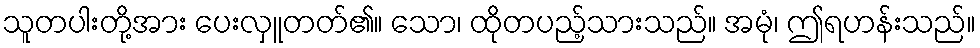
သူတပါးတို့အား ပေးလှူတတ်၏။ သော၊ ထိုတပည့်သားသည်။ အမုံ၊ ဤရဟန်းသည်။